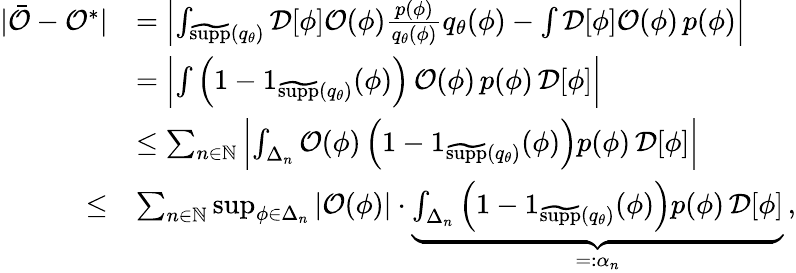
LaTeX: \begin{array}{rl}{\vert\bar{\mathcal{O}}-\mathcal{O}^{*}\vert}&{=\left\vert\int_{\widetilde{\textrm{supp}}({q}_{\theta})}\mathcal{D}[\phi]\mathcal{O}(\phi)\frac{p(\phi)}{q_{\theta}(\phi)}q_{\theta}(\phi)-\int\mathcal{D}[\phi]\mathcal{O}(\phi)\, p(\phi)\right\vert}\\ &{=\left\vert\int\left(1-1_{\widetilde{\textrm{supp}}({q}_{\theta})}(\phi)\right)\, \mathcal{O}(\phi)\, p(\phi)\, \mathcal{D}[\phi]\right\vert\, }\\ &{\leq\sum_{n\in\mathbb{N}}\left\vert\int_{\Delta_{n}}\mathcal{O}(\phi)\left(1-1_{\widetilde{\textrm{supp}}({q}_{\theta})}(\phi)\right)p(\phi)\, \mathcal{D}[\phi]\right\vert}\\ {\leq}&{\sum_{n\in\mathbb{N}}\operatorname*{sup}_{\phi\in\Delta_{n}}\left\vert\mathcal{O}(\phi)\right\vert\cdot\underbrace{\int_{\Delta_{n}}\left(1-1_{\widetilde{\textrm{supp}}({q}_{\theta})}(\phi)\right)p(\phi)\, \mathcal{D}[\phi]}_{=:\alpha_{n}}\, ,}\end{array}